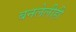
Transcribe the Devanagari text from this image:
बनलेलीही